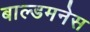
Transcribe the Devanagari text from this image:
बाल्डमनेस